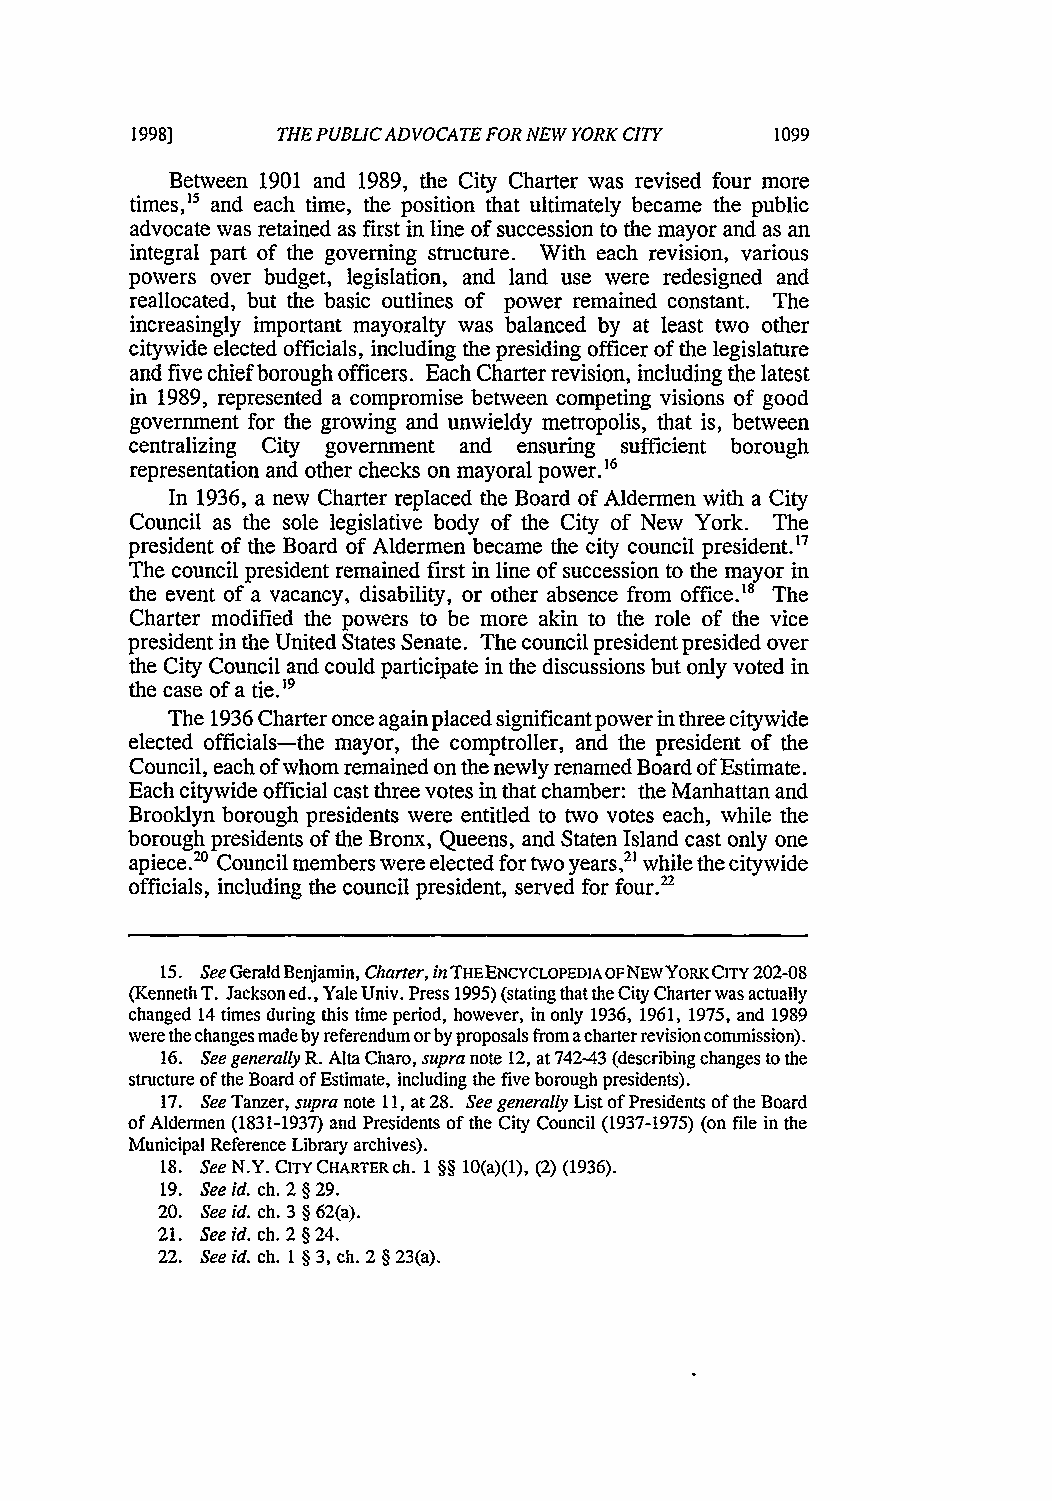
1998]    THE PUBLIC ADVOCATE FOR NEW YORK CITY 1099
 Between 1901 and 1989, the City Charter was revised four more
 times, 1 5 and each time, the position that ultimately became the public
 advocate was retained as first in line of succession to the mayor and as an
 integral part of the governing structure. With each revision, various
 powers over budget, legislation, and land use were redesigned and
 reallocated, but the basic outlines of power remained constant. The
 increasingly important mayoralty was balanced by at least two other
 citywide elected officials, including the presiding officer of the legislature
 and five chief borough officers. Each Charter revision, including the latest
 in 1989, represented a compromise between competing visions of good
 government for the growing and unwieldy metropolis, that is, between
 centralizing City government and ensuring sufficient borough
 representation and other checks on mayoral power.'6
 In 1936, a new Charter replaced the Board of Aldermen with a City
 Council as the sole legislative body of the City of New York. The
 president of the Board of Aldermen became the city council president.7
 The council president remained first in line of succession to the mayor in
 the event of a vacancy, disability, or other absence from office.'8 The
 Charter modified the powers to be more akin to the role of the vice
 president in the United States Senate. The council president presided over
 the City Council and could participate in the discussions but only voted in
 the case of a tie.'9
 The 1936 Charter once again placed significant power in three citywide
 elected officials-the mayor, the comptroller, and the president of the
 Council, each of whom remained on the newly renamed Board of Estimate.
 Each citywide official cast three votes in that chamber: the Manhattan and
 Brooklyn borough presidents were entitled to two votes each, while the
 borough presidents of the Bronx, Queens, and Staten Island cast only one
 apiece.20 Council members were elected for two years,2' while the citywide
 officials, including the council president, served for four.2
 15. See Gerald Benjamin, Charter,i n THEENCYCLOPEDIA OFNEWYORK CITY 202-08
 (Kenneth T. Jackson ed., Yale Univ. Press 1995) (stating that the City Charter was actually
 changed 14 times during this time period, however, in only 1936, 1961, 1975, and 1989
 were the changes made by referendum or by proposals from a charter revision commission).
 16. See generally R. Alta Charo, supra note 12, at 742-43 (describing changes to the
 structure of the Board of Estimate, including the five borough presidents).
 17. See Tanzer, supra note 11, at 28. See generally List of Presidents of the Board
 of Aldermen (1831-1937) and Presidents of the City Council (1937-1975) (on file in the
 Municipal Reference Library archives).
 18. See N.Y. CITY CHARTER ch. 1 §§ 10(a)(1), (2) (1936).
 19. See id. ch. 2 § 29.
 20. See id. ch. 3 § 62(a).
 21. See id. ch. 2 § 24.
 22. See id. ch. 1§3, ch. 2§23(a).